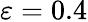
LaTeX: \varepsilon=0.4